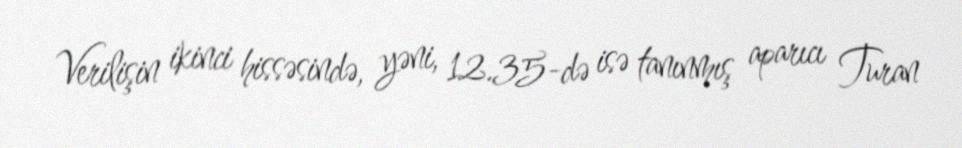
Verilişin ikinci hissəsində, yəni, 12.35-də isə tanınmış aparıcı Turan